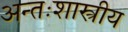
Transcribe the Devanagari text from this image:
अन्तःशास्त्रीय